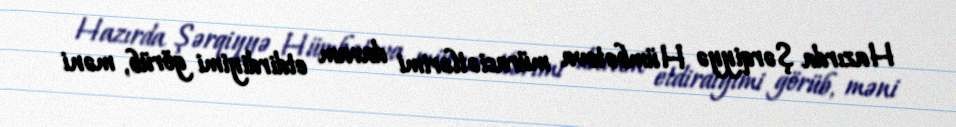
Hazırda Şərqiyyə Hümbətova müraciətlərimi davam etdirdiyimi görüb, məni